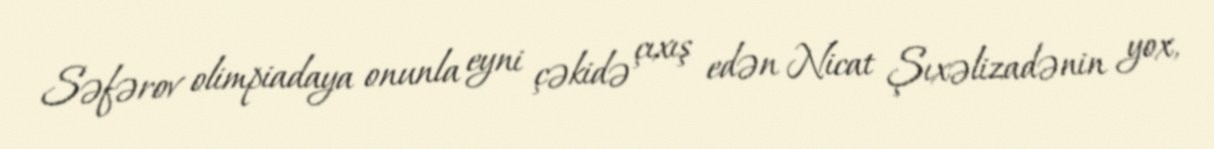
Səfərov olimpiadaya onunla eyni çəkidə çıxış edən Nicat Şıxəlizadənin yox,